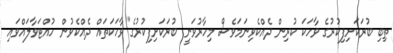
ތިބި ބުރަކަށިފިކުރުގެ ވާހަކަ ކުރިން ދެއްކެވިނަމަވެސް މިހާރުވަނީ ބުރަކަށިފިކުރުގެ ވާހަކަތައް ދެއްކެވުން ހުއްޓަވާލައްވައި